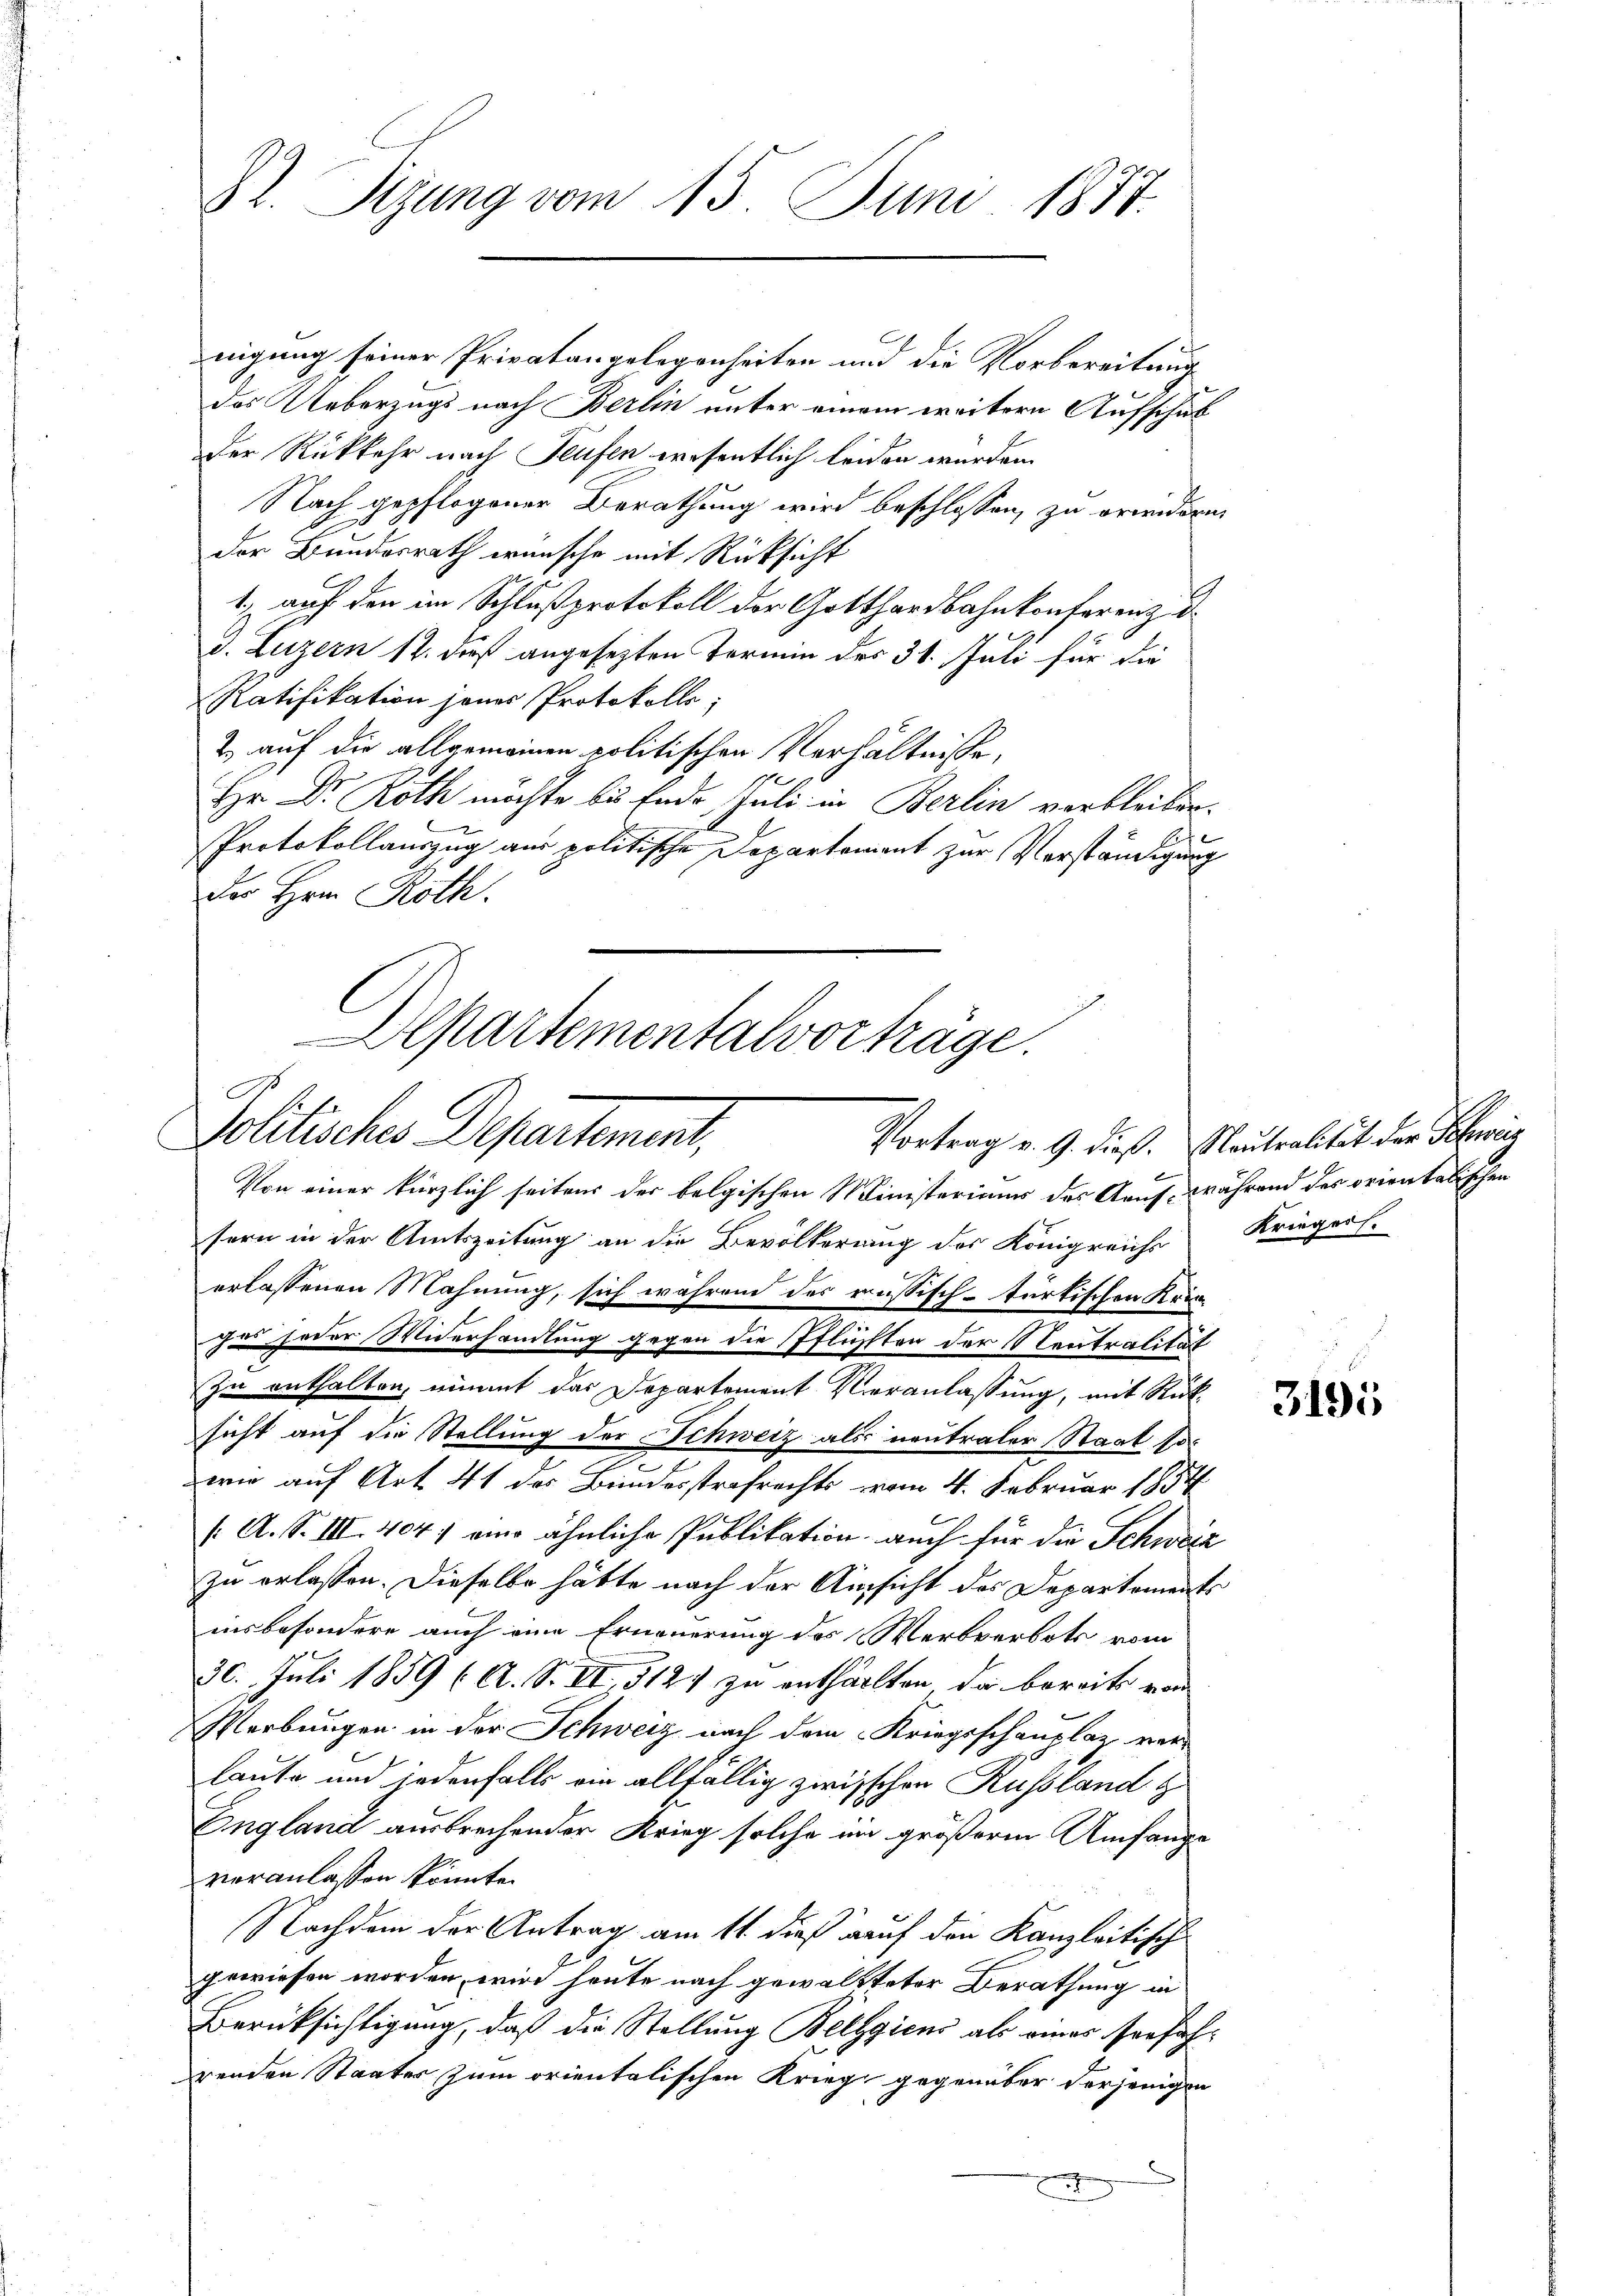
Dr. Sizung vom 15. Juni 1887.

nigung seiner Privatangelegenheiten und die Vorbereitung
das Ueberzugs nach Berlin unter einem weitere Aufschub
Der Rückkehr nach Teufen wesentlich leiden wurden.
Nach gepflogener Berathung wird beschlossen, zu erwendern
der Bundesrath wünsche mit Rücksicht
1. auf den im Schlußprotokoll der Gotthardbahnkonferenz d
d. Luzern 12. dieß angesezten Termin des 30. Juli für die
Ratifikation jenes Protokolls;
2. auf die allgemeinen politischen Verhältnisse,
Hr Dr. Roth möchte bis Ende Juli in Berlin verbleiben.
Protokollauszug aus politische Departement zur Verständigung
des Hrn. Roth.

Departementalvorträge.
Solitische Departement,

Von einer kürzlich seitens der belgischen Ministeriums des Aauf, während des orientalischen
sern in der Amtszeitung an die Bevölkerung des Königreichs
erlassenen Mahnung, sich während des russisch-türkischen Krinzu jeder Widerhandlung gegen die Pflüchten der Neutralität
zu enthalten, nimmt das Departement Veranlassung, mit Rücksicht auf die Stellung der Schweiz als neutraler Staat sowie auf Art. 41 des Bundesstrafrechts vom 4. Februar 1854
/A. S. III. 404) am ähnliche Publikation auch für die Schweiz
zu erlassen. Dieselbe hätte nach der Ansicht des Departements
insbesondere auch eine Erneuerung des Werbverbots vom
30. Juli 1859 (A. S. VI, 512 zu enthalten, da bereits von
Merbungen in der Schweiz nach dem Kriegsschauplatz verlaute und jedenfalls ein allfällig zwischen Russland z
England ausbrechender Krieg solche im größerm Umfange
veranlassen könnte.
Nachdem der Antrag am 11. dieß auf den Kanzleitisch
gewiesen worden, wird heute nach gewaltteter Berathung in
Berücksichtigung, daß die Stellung Bellgicus als eines sorfahrenden Staates zum orientalischen Krieg gegenüber derjenigen
2

Vortrag v. 9. dieß. Neutralität der Schwieg
Kriegers.

3195